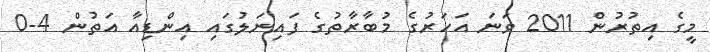
މީގެ އިތުރުން 2011 ވަނަ އަހަރުގެ މުބާރާތުގެ ފައިނަލުގައި އިންޑިއާ އަތުން 4-0